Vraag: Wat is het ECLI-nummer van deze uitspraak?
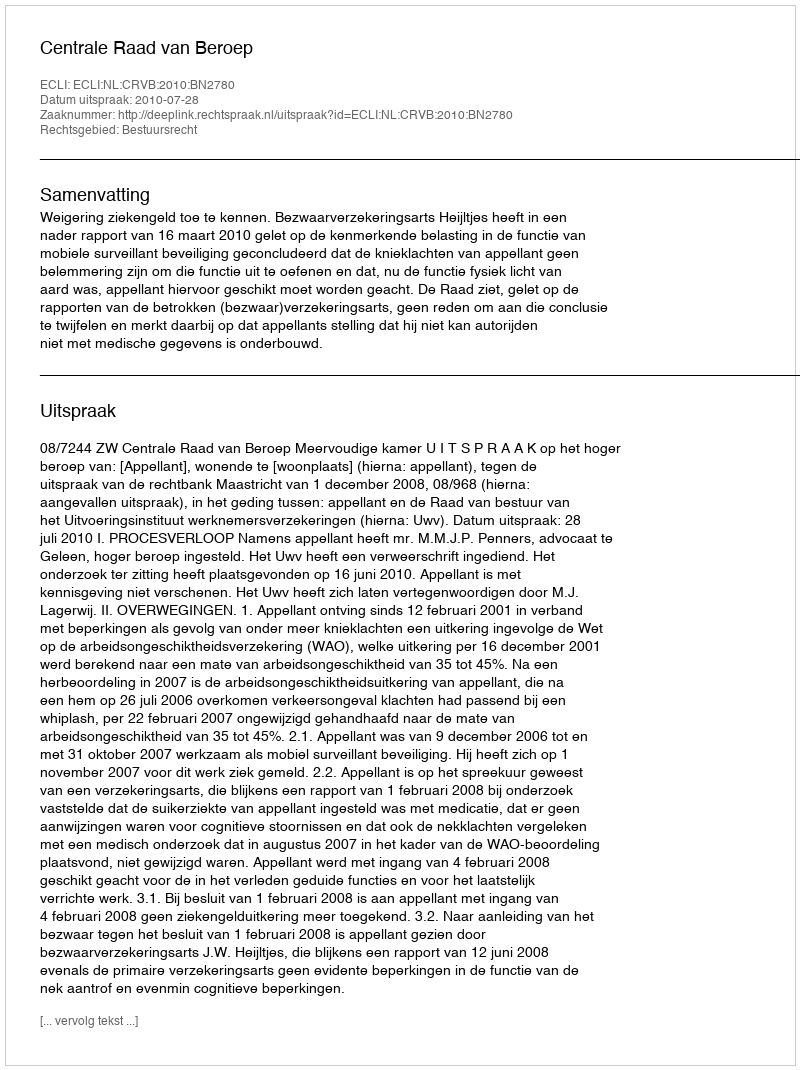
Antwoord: ECLI:NL:CRVB:2010:BN2780